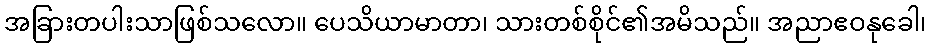
အခြားတပါးသာဖြစ်သလော။ ပေသိယာမာတာ၊ သားတစ်စိုင်၏အမိသည်။ အညာဧဝနုခေါ၊